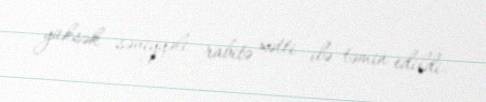
yüksək səviyyəli rabitə xətti ilə təmin edildi.